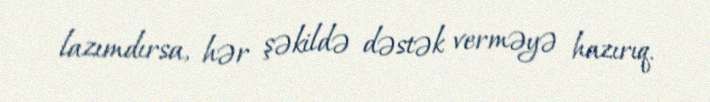
lazımdırsa, hər şəkildə dəstək verməyə hazırıq.